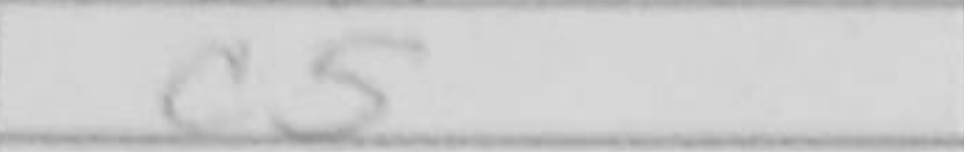
Transcription: c5